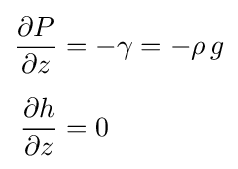
{\begin{aligned}{\frac {\partial P}{\partial z}}&=-\gamma =-\rho \,g\\[0.5em]{\frac {\partial h}{\partial z}}&=0\end{aligned}}